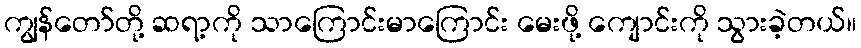
ကျွန်တော်တို့ ဆရာ့ကို သာကြောင်းမာကြောင်း မေးဖို့ ကျောင်းကို သွားခဲ့တယ်။